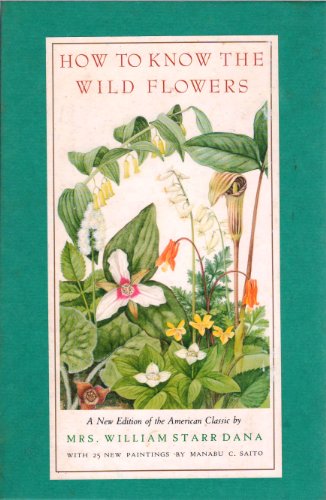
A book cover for How To Know The Wildflowers: A Guide to the Names, Haunts, and Habits of Our Common Wild Flowers; William Star Dana; Crafts, Hobbies & Home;